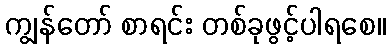
ကျွန်တော် စာရင်း တစ်ခုဖွင့်ပါရစေ။